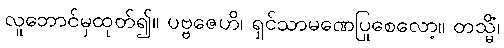
လူဘောင်မှထုတ်၍။ ပဗ္ဗဇေဟိ၊ ရှင်သာမဏေပြုစေလော့။ တသ္မိံ၊